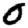
Digit: 0